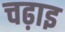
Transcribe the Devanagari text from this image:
चढ़ाइ